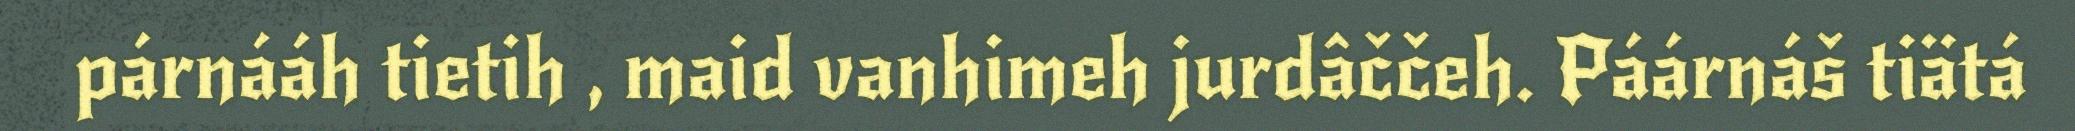
párnááh tietih , maid vanhimeh jurdâččeh. Páárnáš tiätá